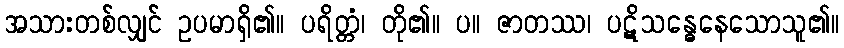
အသားတစ်လျှင် ဥပမာရှိ၏။ ပရိတ္တံ၊ တို၏။ ပ။ ဇာတဿ၊ ပဋိသန္ဓေနေသောသူ၏။